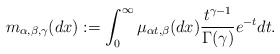
\begin{align*}m_{\alpha,\beta,\gamma}(dx):=\int_0^{\infty}\mu_{\alpha t, \beta}(dx)\frac{t^{\gamma-1}}{\Gamma(\gamma)}e^{-t}dt.\end{align*}